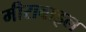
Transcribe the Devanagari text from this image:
मीराबाइल